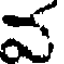
వ